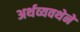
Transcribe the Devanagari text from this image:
अर्थव्यवथेने